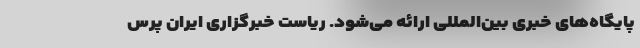
پایگاه‌های خبری بین‌المللی ارائه می‌شود. ریاست خبرگزاری ایران پرس